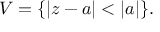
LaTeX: V = \{ | z - a | < | a | \} .